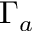
\Gamma _ { a }